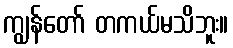
ကျွန်တော် တကယ်မသိဘူး။